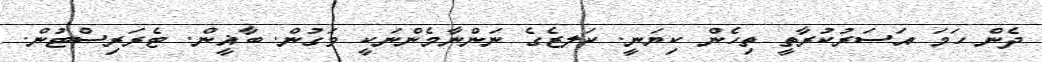
ދެން ހަމަ އަސަރުކުރާތީ ތިހެން ކިޔަނީ. ކަލޒެގެ ނަންނާމެންނަކީ ވަގުން. ބާޣީން. ޓެރަރިސްޓުން.